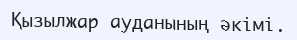
Қызылжар ауданының әкімі.